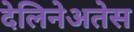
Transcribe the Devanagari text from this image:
देलिनेअतेस